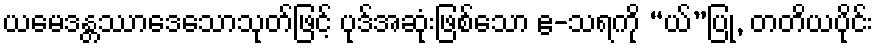
ယမေဒန္တဿာဒေသောသုတ်ဖြင့် ပုဒ်အဆုံးဖြစ်သော ဧ-သရကို “ယ်”ပြု, တတိယပိုင်း